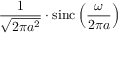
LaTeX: { \frac { 1 } { \sqrt { 2 \pi a ^ { 2 } } } } \cdot \operatorname { s i n c } \left( { \frac { \omega } { 2 \pi a } } \right)